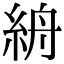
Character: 𥿦